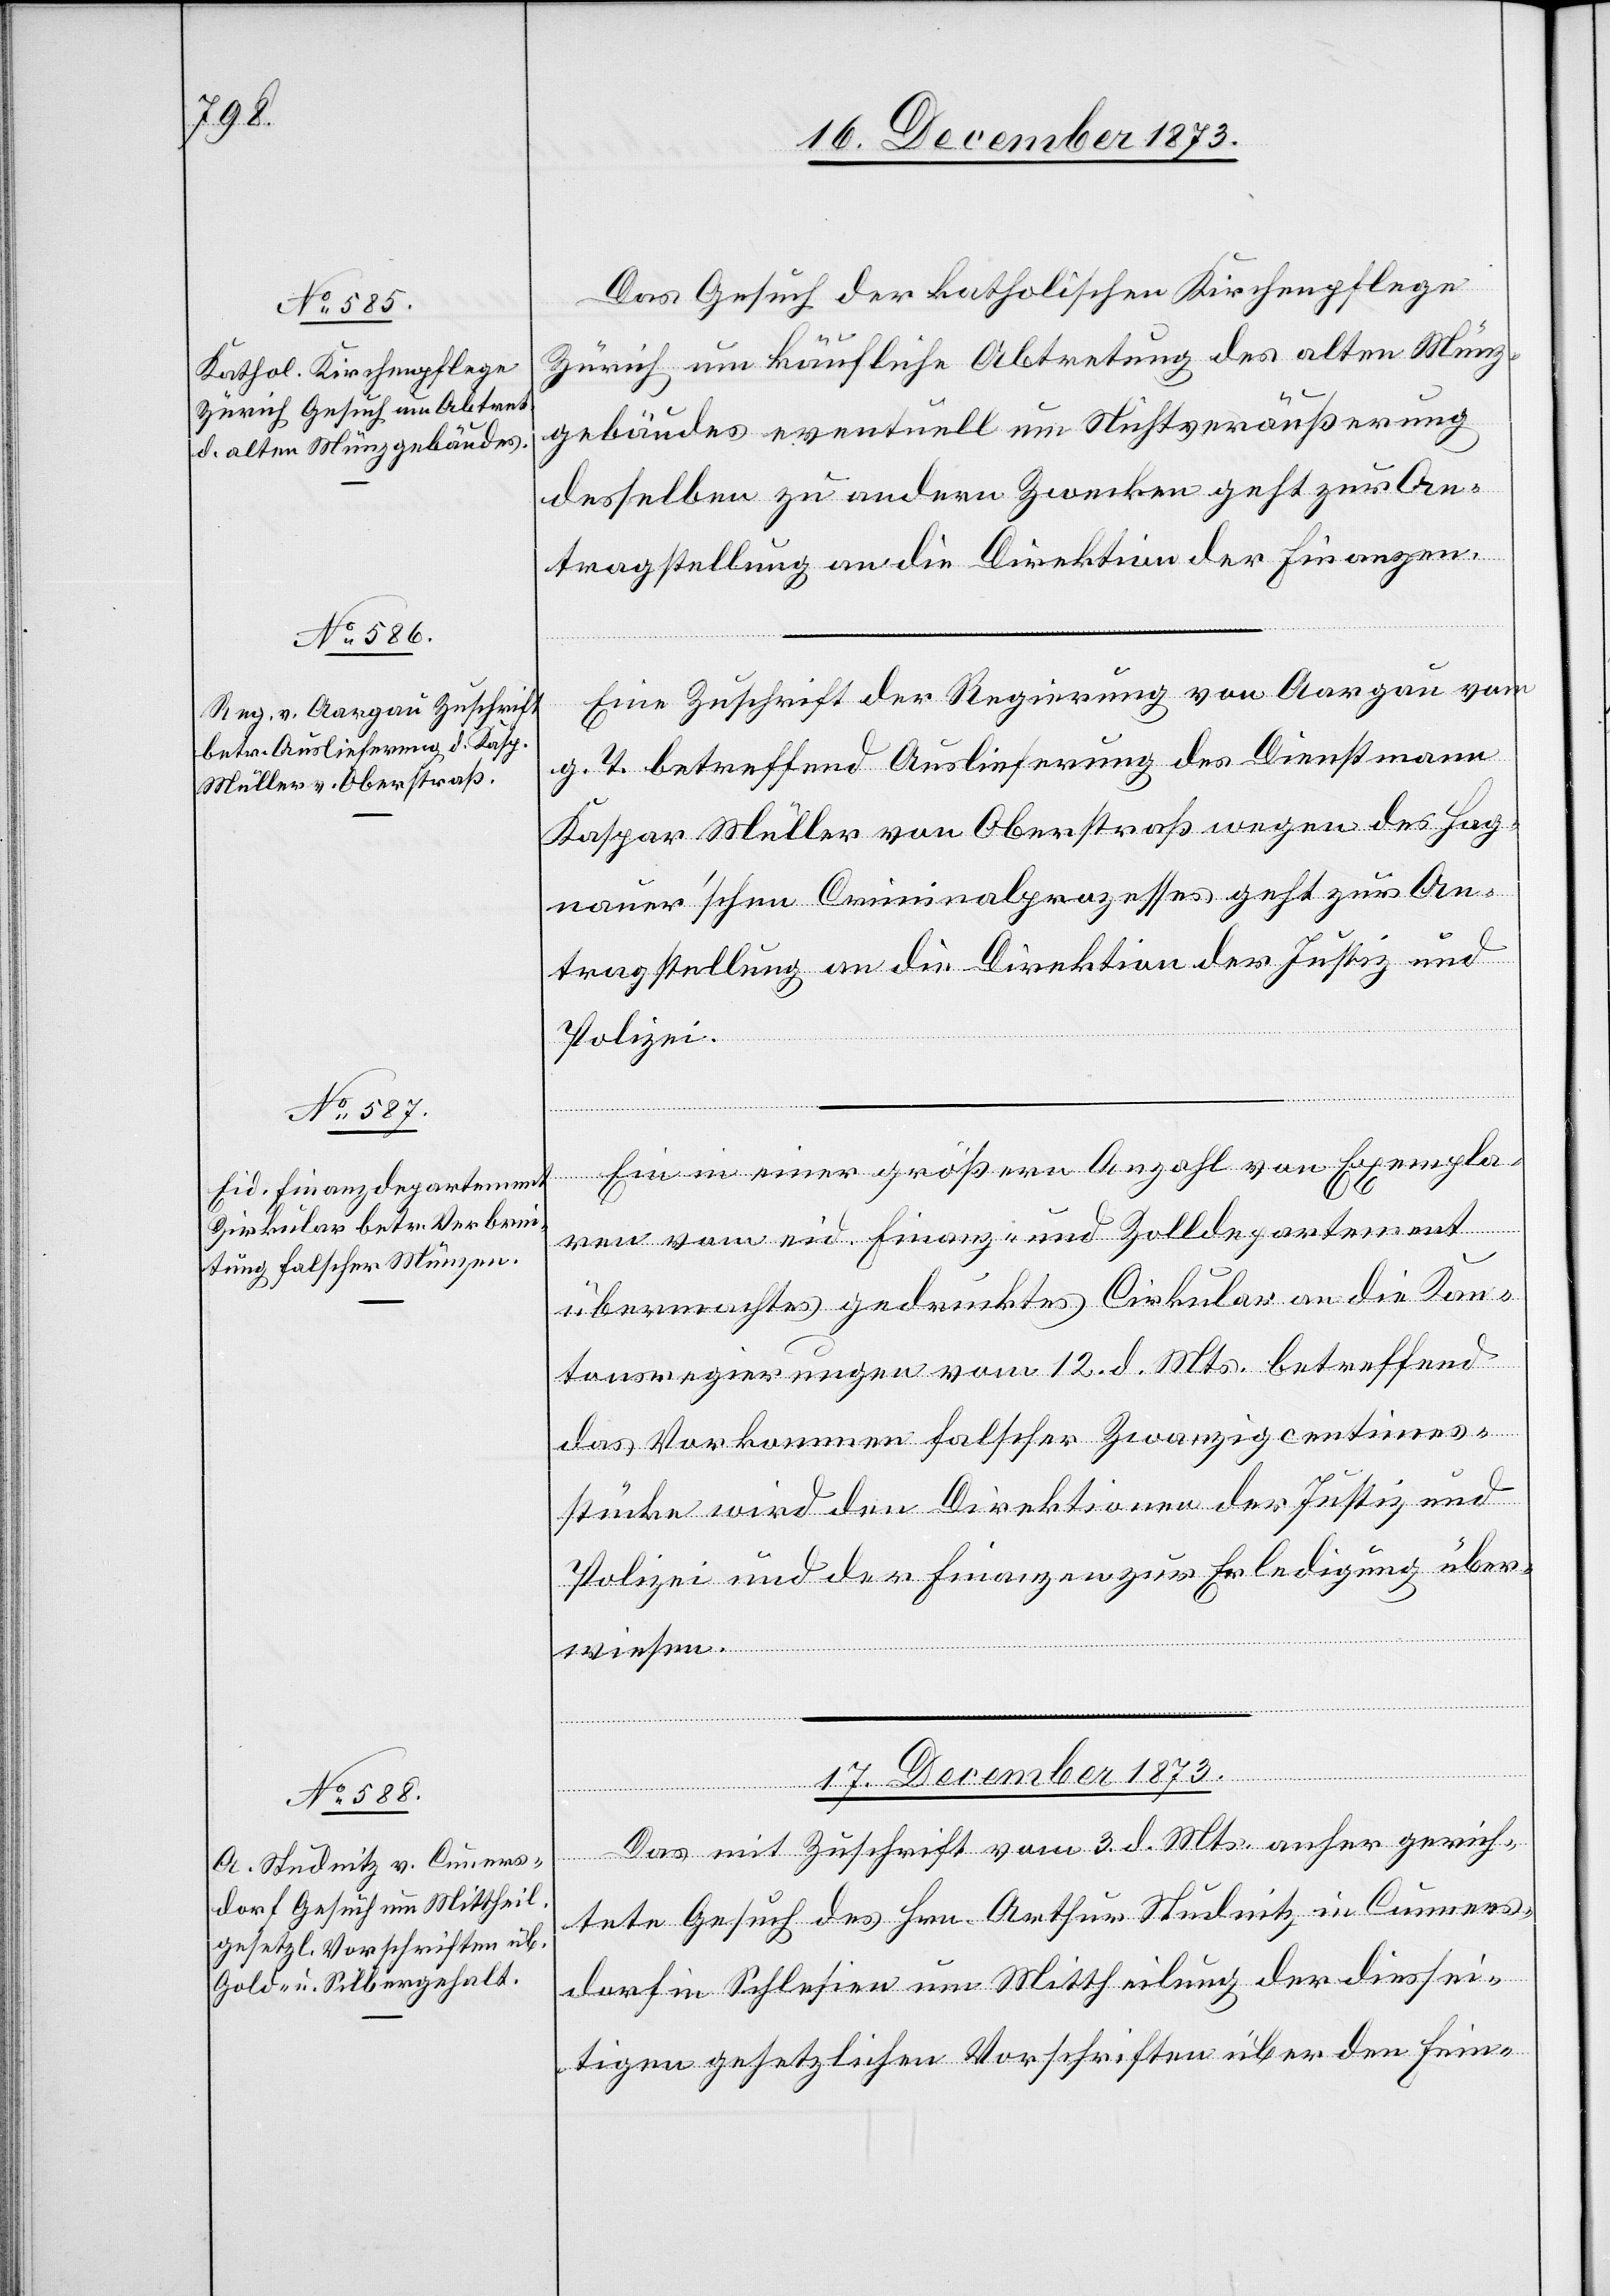
16. December 1873.]
Das Gesuch der katholischen Kirchenpflege
Zürich um käufliche Abtretung des alten Münz¬
gebäudes eventuell um Nichtveräußerung
desselben zu andern Zwecken geht zur An¬
tragstellung an die Direktion der Finanzen.
Eine Zuschrift der Regierung von Aargau vom
g. T. betreffend Auslieferung des Dienstmann
Kaspar Müller von Oberstraß wegen des Hag¬
mauer’schen Criminalprozesses geht zur An¬
tragstellung an die Direktion der Justiz und
Polizei.
Ein in einer größern Anzahl von Exempla¬
dorf
ren vom eid. Finanz- und Zolldepartement
übermachtes gedrucktes Cirkular an die Kan¬
tonsregierungen vom 12. d. Mts. betreffend
das Vorkommen falscher Zwanzigcentimes¬
stücke wird den Direktionen der Justiz und
Polizei und der Finanzen zur Erledigung über¬
wiesen.
17. December 1873.
Das mit Zuschrift vom 3. d. Mts. anher gerich¬
tete Gesuch des Hrn. Arthur Studnitz in Cunners¬
in Schlesien um Mittheilung der diessei¬
tigen gesetzlichen Vorschriften über den Fein-